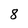
Character: 8